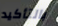
بالتأكيد